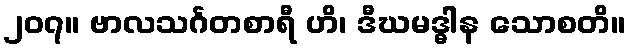
၂၀၇။ ဗာလသင်္ဂတစာရီ ဟိ၊ ဒီဃမဒ္ဓါန သောစတိ။